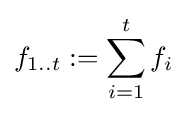
f_{1..t}:=\sum _{i=1}^{t}f_{i}